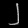
Digit: ၂